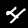
Label: 4